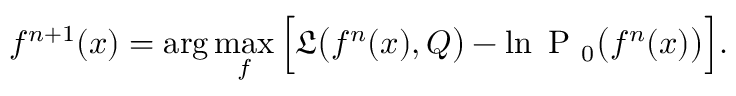
f ^ { n + 1 } ( x ) = \arg \operatorname* { m a x } _ { f } \Big [ \mathfrak { L } \big ( f ^ { n } ( x ) , Q \big ) - \ln \mathrm { ~ P ~ } _ { 0 } \big ( f ^ { n } ( x ) \big ) \Big ] .